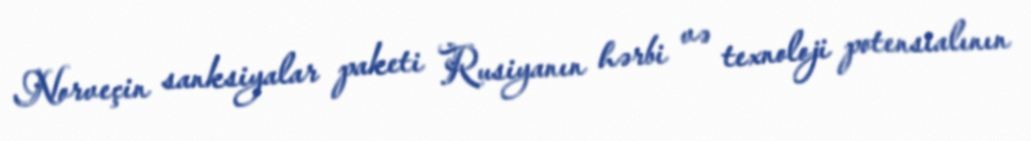
Norveçin sanksiyalar paketi Rusiyanın hərbi və texnoloji potensialının